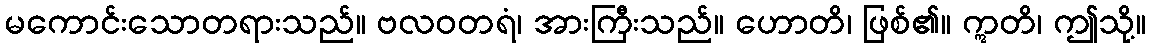
မကောင်းသောတရားသည်။ ဗလဝတရံ၊ အားကြီးသည်။ ဟောတိ၊ ဖြစ်၏။ ဣတိ၊ ဤသို့။